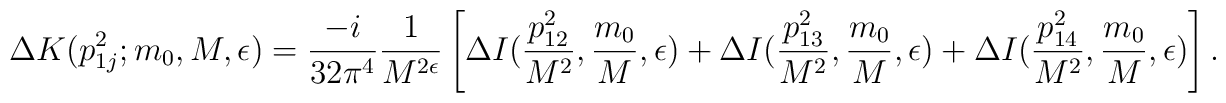
\Delta K (p_{1j}^{2}; m_{0},M,\epsilon) = \frac{-i}{32 \pi ^{4}} \frac{1}{M^{2 \epsilon}} \left[ \Delta I (\frac{p_{12}^{2}}{M^{2}},\frac{m_{0}}{M},\epsilon) +   \Delta I (\frac{p_{13}^{2}}{M^{2}},\frac{m_{0}}{M},\epsilon) +   \Delta I (\frac{p_{14}^{2}}{M^{2}},\frac{m_{0}}{M},\epsilon) \right].